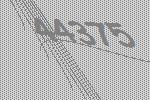
44375